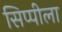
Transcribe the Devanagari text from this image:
सिप्पीला